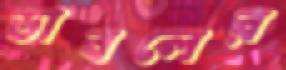
ডাবলের